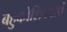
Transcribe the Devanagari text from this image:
बहुकोशिकाओं